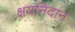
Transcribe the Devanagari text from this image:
क्षयनिदान